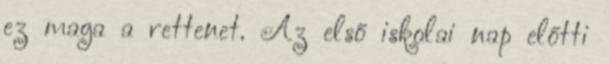
ez maga a rettenet. Az első iskolai nap előtti